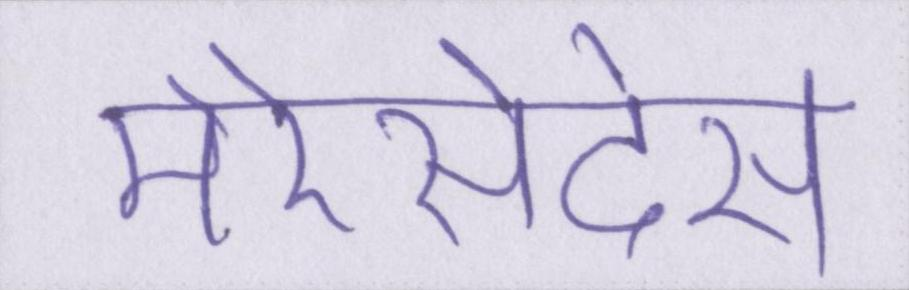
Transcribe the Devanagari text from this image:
मेरेसेदेस